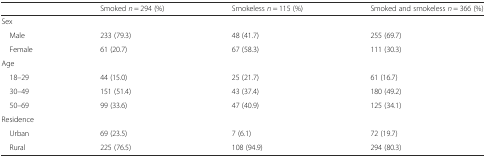
<table><thead><tr><td></td><td><b>Smoked <i>n</i> = 294 (%)</b></td><td><b>Smokeless <i>n</i> = 115 (%)</b></td><td><b>Smoked and smokeless <i>n</i> = 366 (%)</b></td></tr></thead><tbody><tr><td colspan="4">Sex</td></tr><tr><td> Male</td><td>233 (79.3)</td><td>48 (41.7)</td><td>255 (69.7)</td></tr><tr><td> Female</td><td>61 (20.7)</td><td>67 (58.3)</td><td>111 (30.3)</td></tr><tr><td colspan="4">Age</td></tr><tr><td> 18–29</td><td>44 (15.0)</td><td>25 (21.7)</td><td>61 (16.7)</td></tr><tr><td> 30–49</td><td>151 (51.4)</td><td>43 (37.4)</td><td>180 (49.2)</td></tr><tr><td> 50–69</td><td>99 (33.6)</td><td>47 (40.9)</td><td>125 (34.1)</td></tr><tr><td colspan="4">Residence</td></tr><tr><td> Urban</td><td>69 (23.5)</td><td>7 (6.1)</td><td>72 (19.7)</td></tr><tr><td> Rural</td><td>225 (76.5)</td><td>108 (94.9)</td><td>294 (80.3)</td></tr></tbody></table>